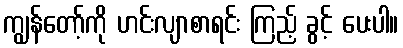
ကျွန်တော့်ကို ဟင်းလျာစာရင်း ကြည့် ခွင့် ပေးပါ။